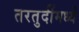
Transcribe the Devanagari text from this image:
तरतुदींमध्ये